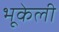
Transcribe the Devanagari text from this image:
भूकेली